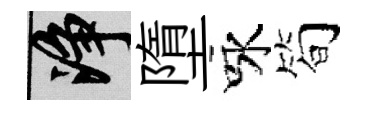
净墮咏简